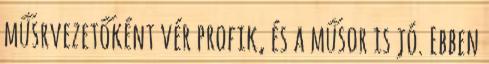
műsrvezetőként vér profik, és a műsor is jó. Ebben